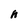
Character: h